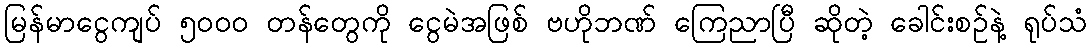
မြန်မာငွေကျပ် ၅၀၀၀ တန်တွေကို ငွေမဲအဖြစ် ဗဟိုဘဏ် ကြေညာပြီ ဆိုတဲ့ ခေါင်းစဉ်နဲ့ ရုပ်သံ